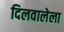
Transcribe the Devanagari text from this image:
दिलवालेला